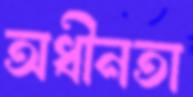
অধীনতা